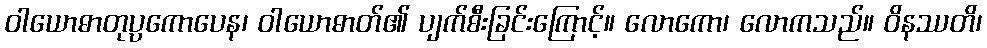
ဝါယောဓာတုပ္ပကောပေန၊ ဝါယောဓာတ်၏ ပျက်စီးခြင်းကြောင့်။ လောကော၊ လောကသည်။ ဝိနဿတိ၊